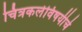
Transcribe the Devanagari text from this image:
चित्रकलेविषयीचे